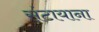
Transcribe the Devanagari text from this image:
संटायाना